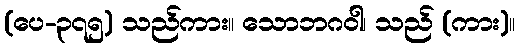
(ပေ-၃၇၅) သည်ကား။ သောဘဂဝါ၊ သည် (ကား)။